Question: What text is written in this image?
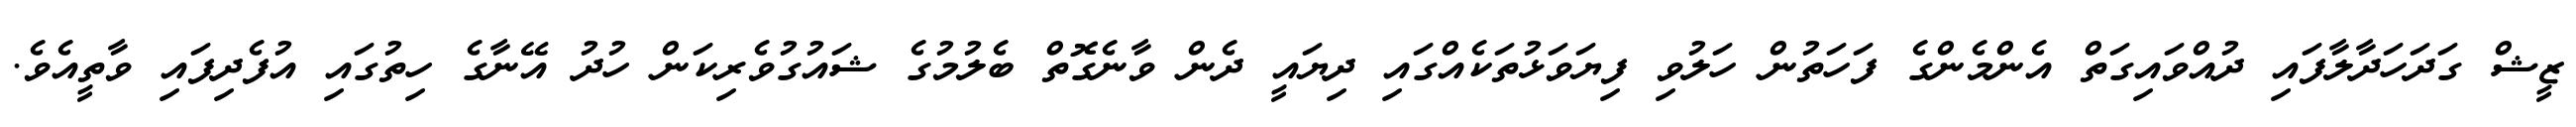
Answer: ޒީޝް ގަދަހަދާލާފައި ދުއްވައިގަތް އެންމެންގެ ފަހަތުން ހަލުވި ފިޔަވަޅުތަކެއްގައި ދިޔައީ ދެން ވާނެގޮތް ބެލުމުގެ ޝައުގުވެރިކަން ހުދު އޭނާގެ ހިތުގައި އުފެދިފައި ވާތީއެވެ.